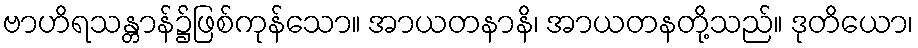
ဗာဟိရသန္တာန်၌ဖြစ်ကုန်သော။ အာယတနာနိ၊ အာယတနတို့သည်။ ဒုတိယော၊